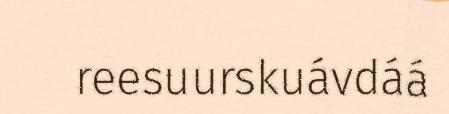
reesuurskuávdáá